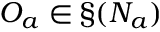
O _ { a } \in \S \O ( N _ { a } )